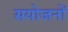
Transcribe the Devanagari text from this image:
सयोजनों